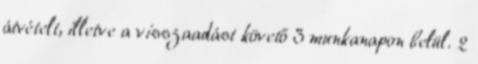
átvételt, illetve a visszaadást követő 3 munkanapon belül. 2